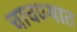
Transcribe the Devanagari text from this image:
चाचण्यात